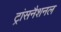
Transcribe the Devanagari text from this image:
ट्रांसनैशनल